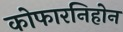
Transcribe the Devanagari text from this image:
कोफारनिहोन